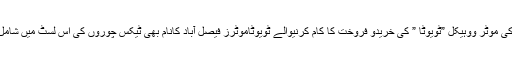
عالمی برانڈ کی موٹر ووہیکل ”ٹویوٹا ” کی خریدو فروخت کا کام کرنیوالے ٹویوٹاموٹرز فیصل آباد کانام بھی ٹیکس چوروں کی اس لسٹ میں شامل پایا گیا ہے۔